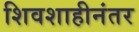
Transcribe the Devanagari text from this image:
शिवशाहीनंतर